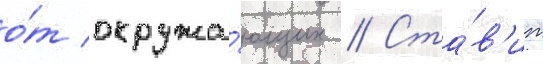
о́т окружа́ющих // Ста́в'ит